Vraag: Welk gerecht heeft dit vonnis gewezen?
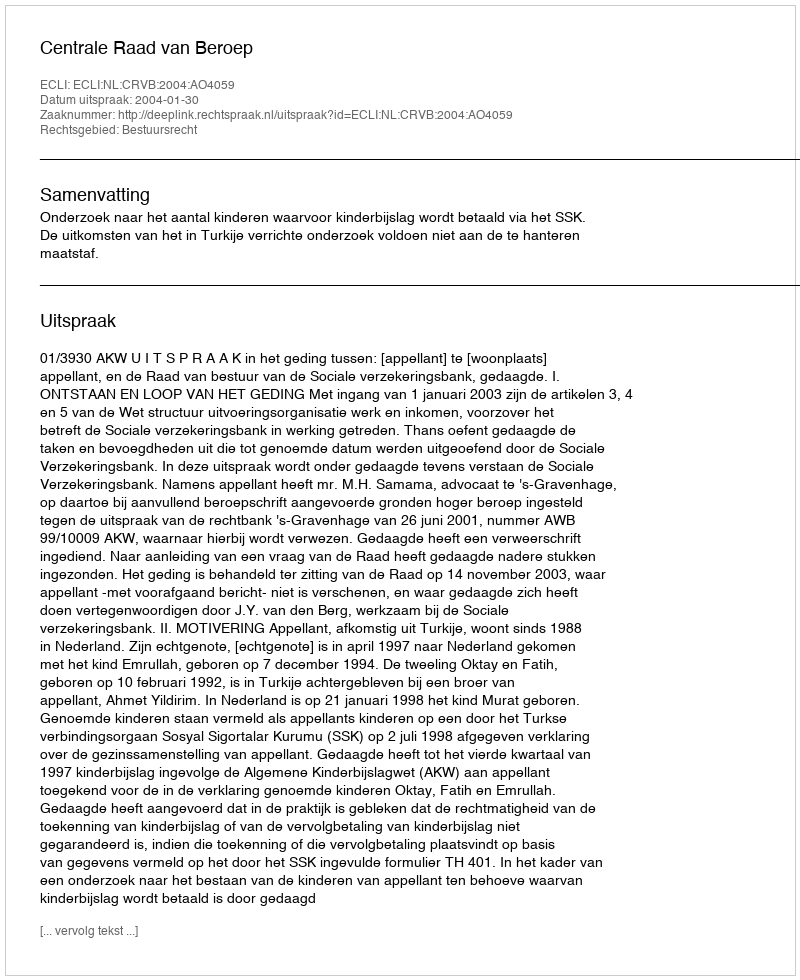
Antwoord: Centrale Raad van Beroep